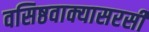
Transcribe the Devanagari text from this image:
वसिष्ठवाक्यासरसी